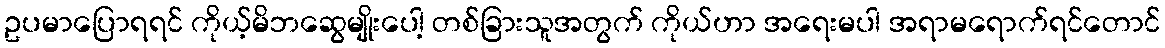
ဥပမာပြောရရင် ကိုယ့်မိဘဆွေမျိုးပေါ့ တစ်ခြားသူအတွက် ကိုယ်ဟာ အရေးမပါ အရာမရောက်ရင်တောင်